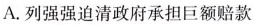
A.列强强迫清政府承担巨额赔款